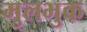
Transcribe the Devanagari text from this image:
मुलभुक